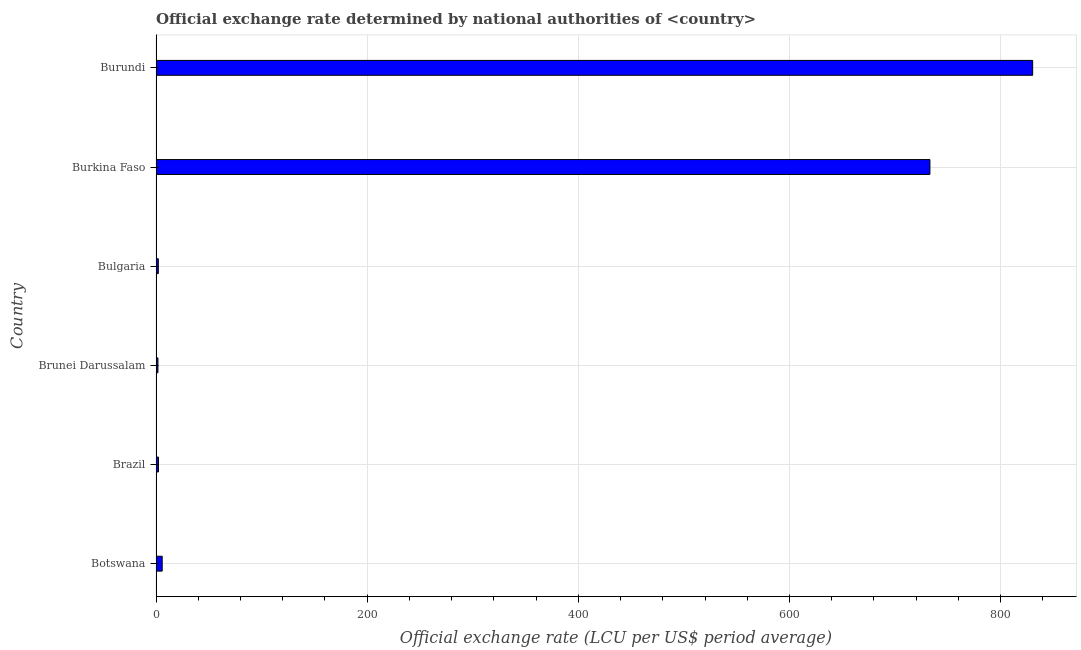
| Country | Official exchange rate |
 | --- | --- |
 | Botswana | 5.84 |
 | Brazil | 2.35 |
 | Brunei Darussalam | 1.79 |
 | Bulgaria | 2.18 |
 | Burkina Faso | 733 |
 | Burundi | 830 |